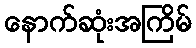
နောက်ဆုံးအကြိမ်